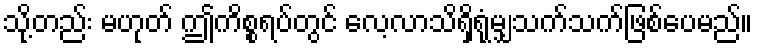
သို့တည်း မဟုတ် ဤကိစ္စရပ်တွင် လေ့လာသိရှိရုံမျှသက်သက်ဖြစ်ပေမည်။